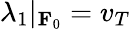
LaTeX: \lambda_{1}|_{\mathbf{F}_{0}}=v_{T}